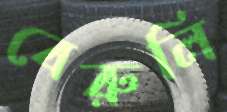
বেরুলি